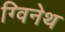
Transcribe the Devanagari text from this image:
ग्विनेथ